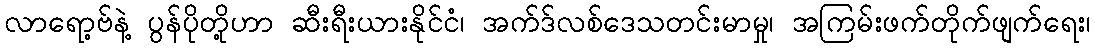
လာရော့ဗ်နဲ့ ပွန်ပိုတို့ဟာ ဆီးရီးယားနိုင်ငံ၊ အက်ဒ်လစ်ဒေသတင်းမာမှု၊ အကြမ်းဖက်တိုက်ဖျက်ရေး၊